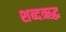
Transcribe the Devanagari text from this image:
शब्दऋद्ध